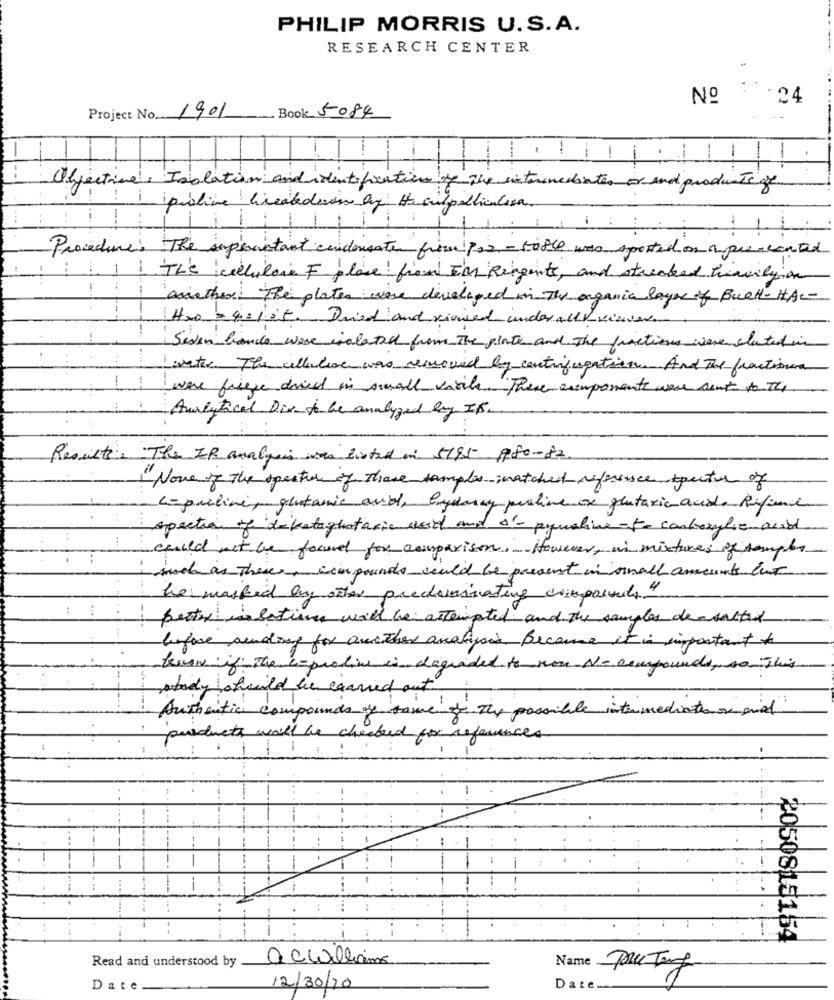
PHILIP MORRIS U.S.A.
RESEARCH CENTER
Nº
: 24
Project No 1901
- Book 5084
1 . 1 1 1
Objective: Isolation and identification of the intermediatesor and products of
1 i pioline breakederim by the sulpelliculesa.
Procedures The superentant condensate from por - table was posted on apresented
1
1 TL's cellulose F place! from I'M Reagents, and streaked heavily on
!
awinther The plates were developed in The organic layer of Buch- HAL-
H2o = 4 : 1 st. Dried and viewed under allV viser.
Siden bands were isolated from The plate and The functions were eluted in
water The cellulose was removed by centrifugation .. And The fractiona
-
were freeze drive in swall vich. These eimponente were sent to The
Analytical Die to be analyzed by IS.
Results: The IP analysis was listed in 5195 980-82
None of the specter of these samples iwatched riferisce toute of
cepuline, glutamic audi, bydanny perline ox plutaxic acide Rifiunie
spection of dekatoghataric acid and I'- pqualine -te carboxylic acid
could not be found for comparison. However, in mixtures of samples
i such as These, compounds could be present in small amount cut
he masked by other predominating compounds4
: :
beter isation will be attempted and The samples de-salted
before sending for another analysis. Because it is important to
tener if the capualive in degraded to non No compounds, so This
abody should be carried out
Authentic compounds be some of The possible intermediate and
products will be checked for references
--
--
2050815154
Read and understood by
acWilliams
Name
Date
12/30/20
Date